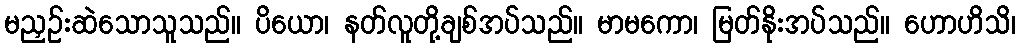
မညှဉ်းဆဲသောသူသည်။ ပိယော၊ နတ်လူတို့ချစ်အပ်သည်။ မာမကော၊ မြတ်နိုးအပ်သည်။ ဟောဟိသိ၊